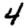
Digit: 4